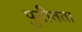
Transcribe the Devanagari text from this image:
पुनीतता